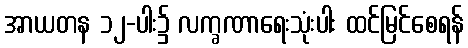
အာယတန ၁၂-ပါး၌ လက္ခဏာရေးသုံးပါး ထင်မြင်စေရန်